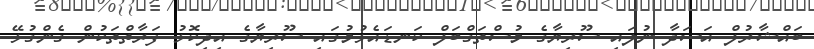
ބައްޝާރުލް އަސަދާ ނުލައި ސޫރިޔާގެ މުސްތަގްބަލް ކަނޑައެޅުމުގައި ސޫރިޔާގެ އިދިކޮޅު ފަރާތްތަކުން ގެންގުޅޭ